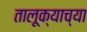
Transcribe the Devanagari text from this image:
तालूक्याच्या